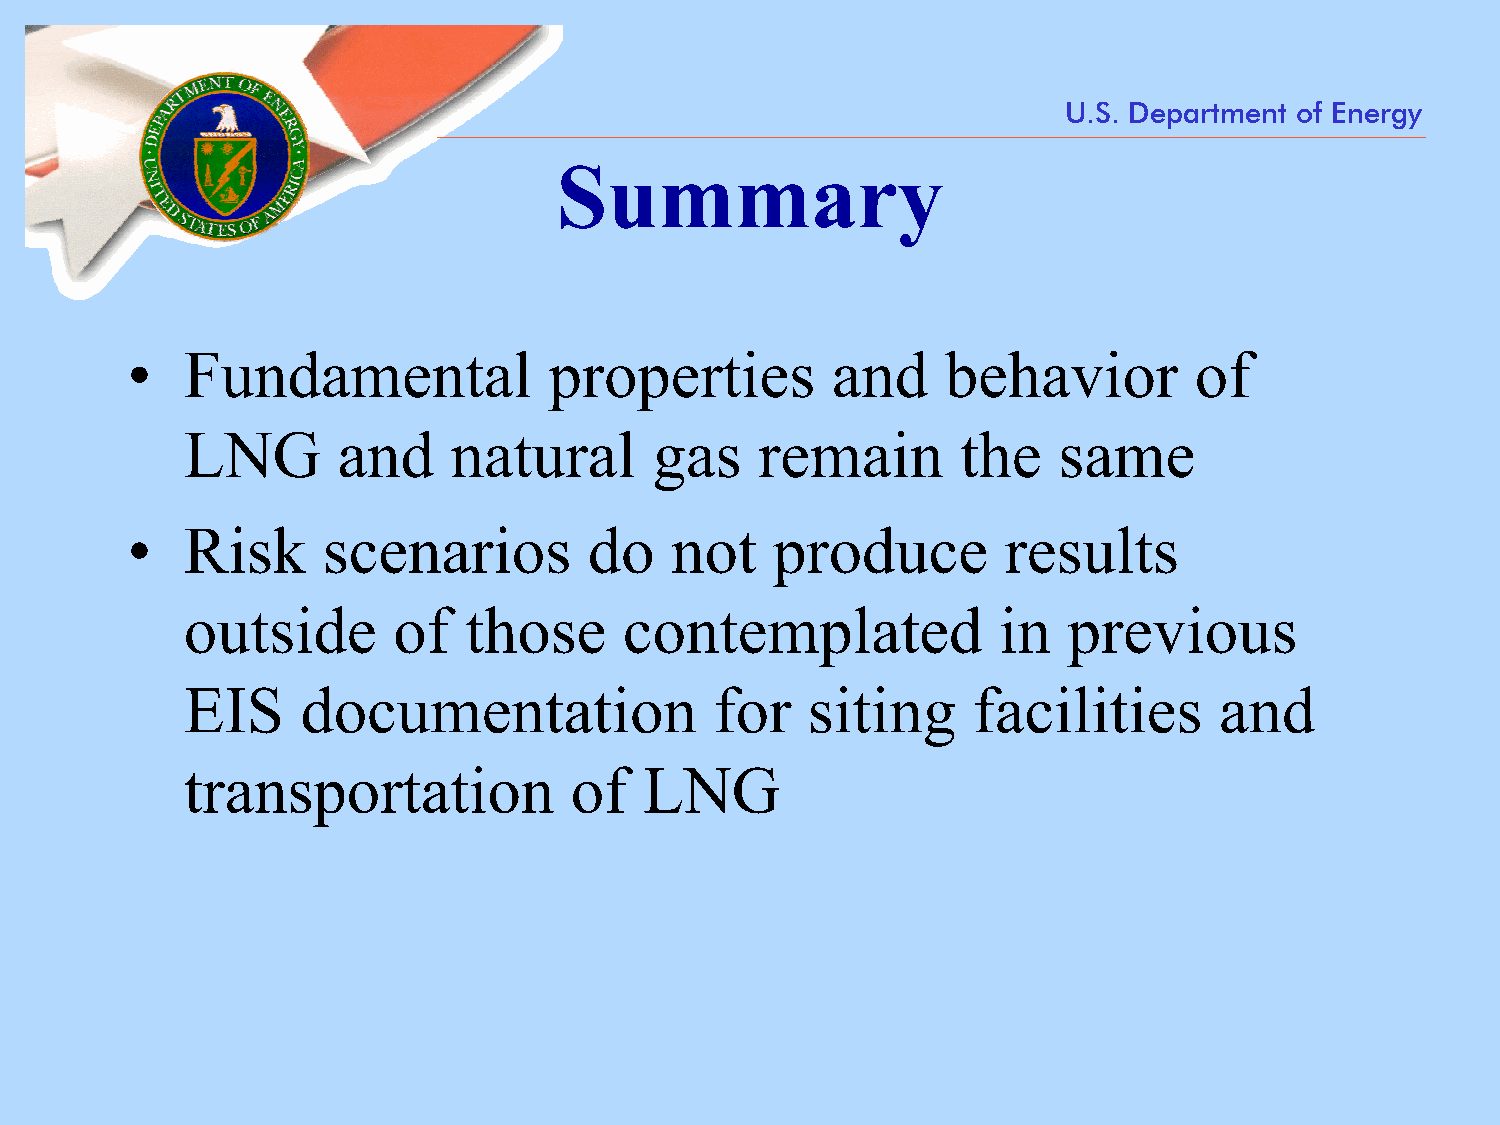
U.S. Department of Energy
 Summary
 •   Fundamental             properties         and     behavior        of
 LNG       and     natural      gas    remain        the   same
 •   Risk     scenarios         do   not    produce        results
 outside       of   those     contemplated             in   previous
 EIS     documentation              for   siting     facilities       and
 transportation            of   LNG